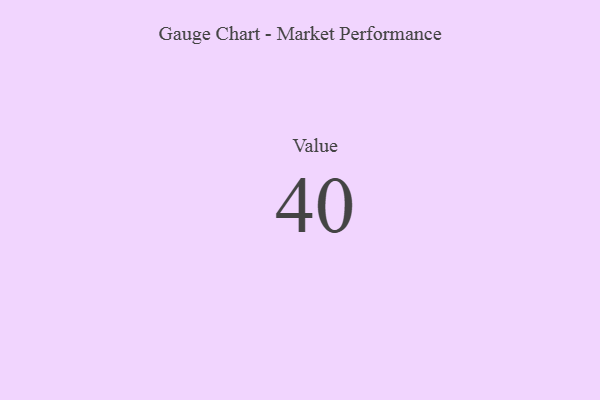
{"axis": {"x": "Metric", "y": "Value"}, "legend": [""], "data": [{"x": "Value", "y": 40, "type": ""}]}